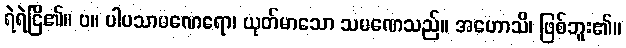
ရဲရဲငြိ၏။ ပ။ ပါပသာမဏေရော၊ ယုတ်မာသော သမဏေသည်။ အဟောသိ၊ ဖြစ်ဘူး၏။